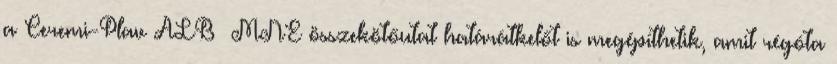
a Ceremi-Plav ALB MNE összekötőutat határátkelőt is megépíthetik, amit régóta